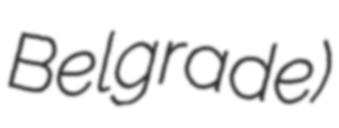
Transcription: Belgrade)